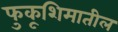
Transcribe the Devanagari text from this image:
फुकूशिमातील